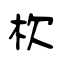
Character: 杴